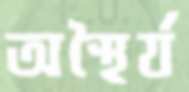
অস্থৈর্য